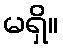
မရှိ။